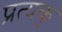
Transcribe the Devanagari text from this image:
प्रत्यक्